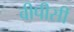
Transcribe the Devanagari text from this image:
वीपीसी